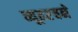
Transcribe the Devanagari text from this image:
व्यूहरचने